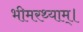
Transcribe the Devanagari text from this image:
भीमरथ्याम्।